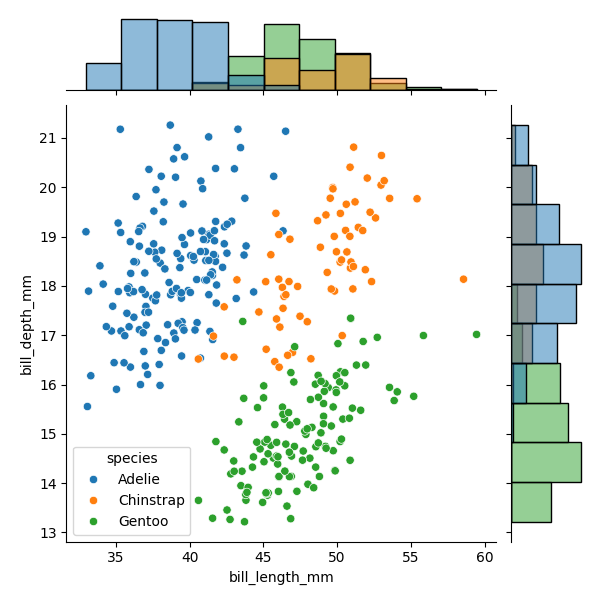
python, seaborn, JointGrid, scatterplot, histplot, hue